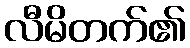
လီမိတက်၏